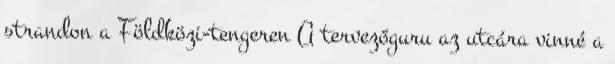
strandon a Földközi-tengeren A tervezőguru az utcára vinné a